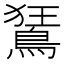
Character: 鵟